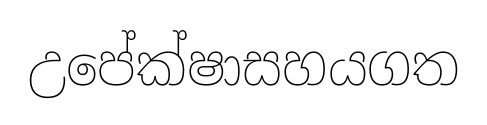
උපේක්ෂාසහයගත